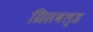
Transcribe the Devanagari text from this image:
ग्रिसवल्ड